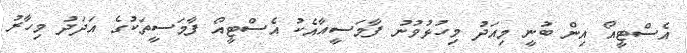
އެސްޓީއޯ އިން ބުނީ މިއަދު މިހުޅުވުނު ފާމަސީއާއެކު އެސްޓީއޯ ފާމަސީތަކުގެ އަދަދު މިހާރު